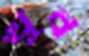
খুব